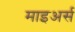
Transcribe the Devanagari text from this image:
माइअर्स